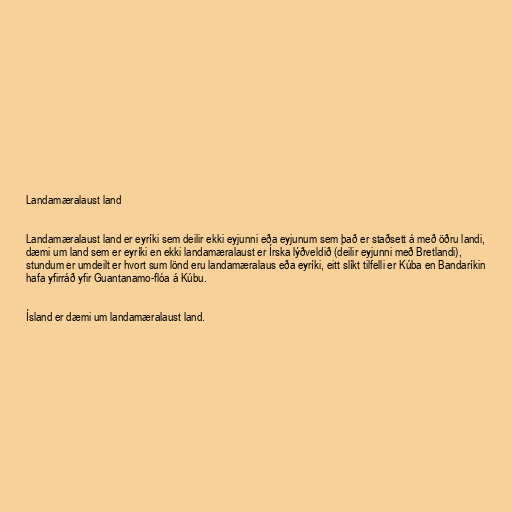
Landamæralaust land

Landamæralaust land er eyríki sem deilir ekki eyjunni eða eyjunum sem það er staðsett á með öðru landi,
dæmi um land sem er eyríki en ekki landamæralaust er Írska lýðveldið (deilir eyjunni með Bretlandi),
stundum er umdeilt er hvort sum lönd eru landamæralaus eða eyríki, eitt slíkt tilfelli er Kúba en Bandaríkin
hafa yfirráð yfir Guantanamo-flóa á Kúbu.

Ísland er dæmi um landamæralaust land.